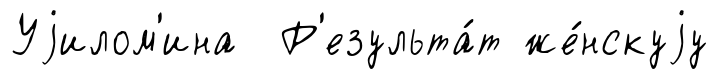
Уjилом'ина Р'езульта́т же́нскуjу